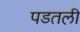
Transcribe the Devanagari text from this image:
पडतली